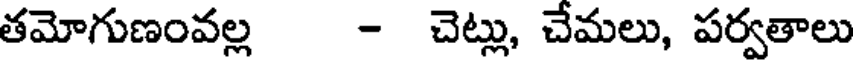
తమోగుణంవల్ల - చెట్లు, చేమలు, పర్వతాలు